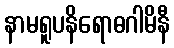
နာမရူပနိရောဓဂါမိနီ